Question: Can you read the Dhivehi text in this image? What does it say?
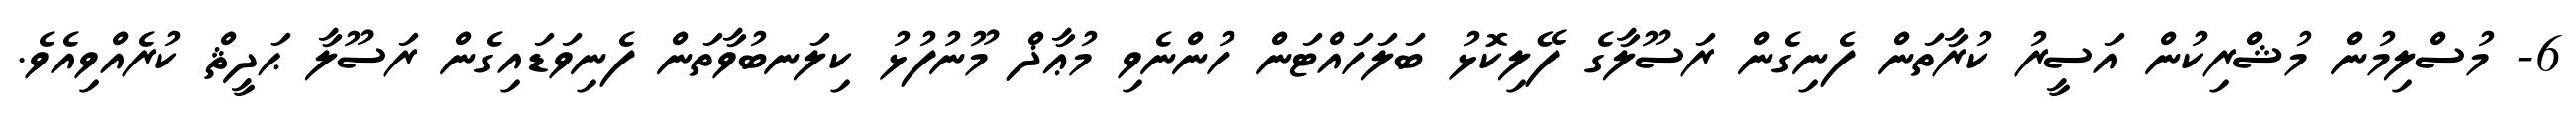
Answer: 6- މުސްލިމުން މުޝްރިކުން އަސީރު ކުރާތަން ފެނިގެން ރަސޫލާގެ ފޭލިކޮޅު ބަލަހައްޓަން ހުންނެވި މުޢާޛް މޫނުފުޅު ކިލަނބުވާތަން ފެނިވަޑައިގެން ރަސޫލާ ޙަދީޘް ކުރެއްވިއެވެ.